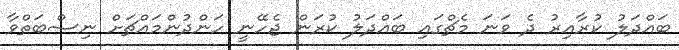
ބައްދަލު ކުރާއިރު ދެ ވަނަ މެޗްގައި ބައްދަލު ކުރަން ޖެހޭނީ ހަންދުންމައްޗަށް ނިސްބަތްވާ